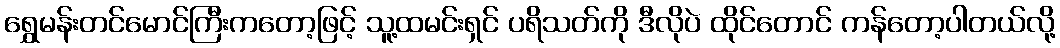
ရွှေမန်းတင်မောင်ကြီးကတော့ဖြင့် သူ့ထမင်းရှင် ပရိသတ်ကို ဒီလိုပဲ ထိုင်တောင် ကန်တော့ပါတယ်လို့